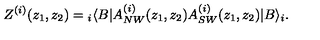
Z ^ { ( i ) } ( z _ { 1 } , z _ { 2 } ) = { } _ { i } \langle B | A _ { N W } ^ { ( i ) } ( z _ { 1 } , z _ { 2 } ) A _ { S W } ^ { ( i ) } ( z _ { 1 } , z _ { 2 } ) | B \rangle _ { i } .